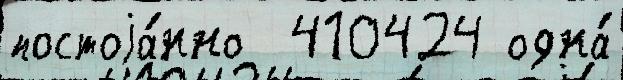
постоjа́нно  410424 одна́